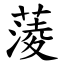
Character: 蔆